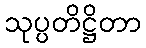
သုပ္ပတိဋ္ဌိတာ